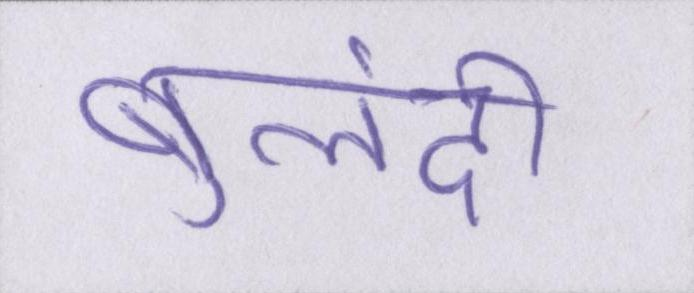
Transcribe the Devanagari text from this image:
बुलंदी